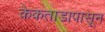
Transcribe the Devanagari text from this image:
केकताडापासून